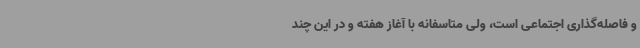
و فاصله‌گذاری اجتماعی است، ولی متاسفانه با آغاز هفته و در این چند